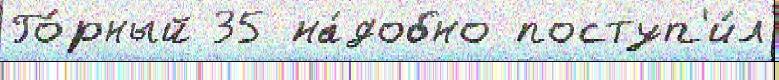
Го́рный 35 на́добно поступ'и́л